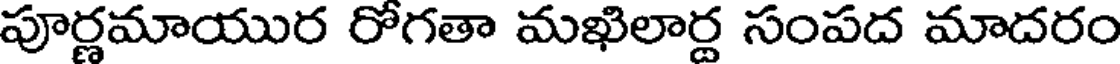
పూర్ణమాయుర రోగతా మఖిలార్ణ సంపద మాదరం